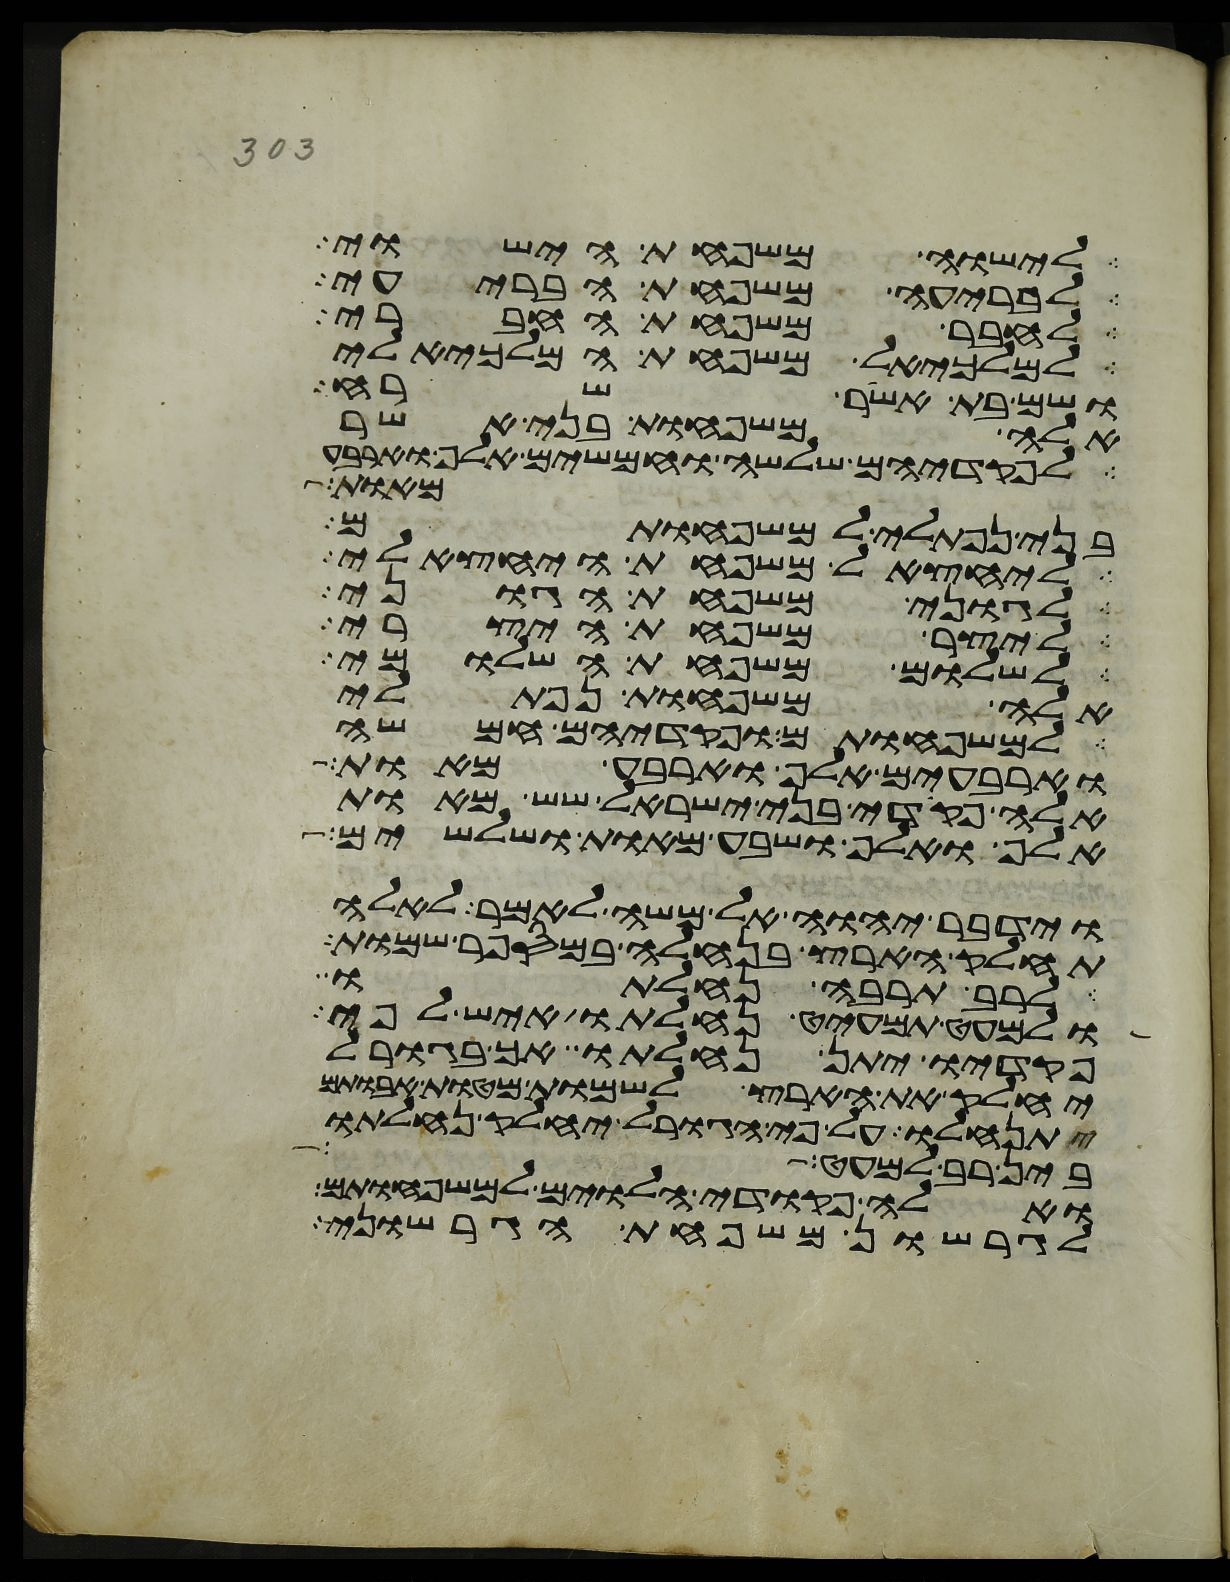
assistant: לישוה משפחת הישוי
לבריעה משפחת הבריעי
לחבר משפחת החברי
למלכיאל משפחת המלכיאלי
ושם בת אשר שרח
אלה משפחות בני אשר
לפקדיהם שלשה וחמשים אלף וארבע
מאות
בני נפתלי למשפחותם
ליחצאל משפחת היחצאלי
לגוני משפחת הגוני
ליצר משפחת היצרי
לשלום משפחת השלומי
אלה משפחות נפתלי
למשפחותם ופקדיהם חמשה
וארבעים אלף וארבע מאות
אלה פקדי בני ישראל שש מאות
אלף ואלף ושבע מאות ושלשים
וידבר יהוה אל משה לאמר לאלה
תחלק הארץ בנחלה במספר שמות
לרב תרבה נחלתו
ולמעט תמעיט נחלתו איש לפי
פקדיו יתן נחלתו אך בגורל
יחלק את הארץ לשמות מטות אבתיכם
יתנחלו על פי הגורל יחלק נחלתו
בין רב למעט
ואלה פקדי הלוים למשפחותם
לגרשון משפחת הגרשוני